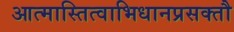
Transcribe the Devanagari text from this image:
आत्मास्तित्वाभिधानप्रसक्तौ